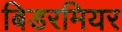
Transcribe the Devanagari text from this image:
बिडरमियर